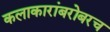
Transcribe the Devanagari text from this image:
कलाकारांबरोबरच